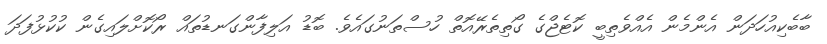
ބާބެކިއުހަދަން އެންމެން އެއްވެތިބީ ކޮޓެޖްގެ ގޯތިތެރޭއޮތް ހުސްތަނުގައެވެ. ބޮޑު އަލިފާންގަނޑުތައް ރޯކޮށްލައިގެން ކުކުޅުފަދަ